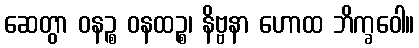
ဆေတွာ ဝနဉ္စ ဝနထဉ္စ၊ နိဗ္ဗနာ ဟောထ ဘိက္ခဝေါ။